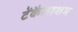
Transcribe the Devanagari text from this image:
टेंकैलाशम